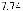
7.74